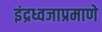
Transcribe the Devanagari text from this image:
इंद्रध्वजाप्रमाणे